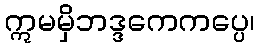
ဣမမှိဘဒ္ဒကေကပ္ပေ၊